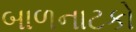
બાળનાટકો